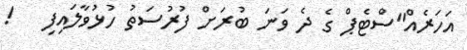
އަހަރެއް"ސްޓެޕް ގެ ދެ ވަނަ ބުރަށް ފުރުސަތު ހުޅުވާލައިފި   !